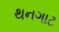
થનગાટ